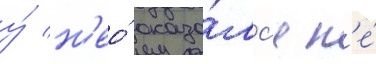
у́ н'ео́ оказа́лс'я н'е́